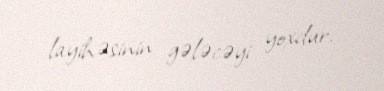
layihəsinin gələcəyi yoxdur.